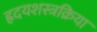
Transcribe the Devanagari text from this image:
ह्रदयशस्त्रक्रिया